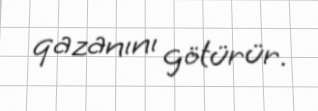
qazanını götürür.